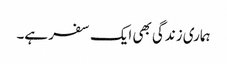
ہماری زندگی بھی ایک سفر ہے۔